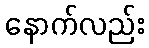
နောက်လည်း